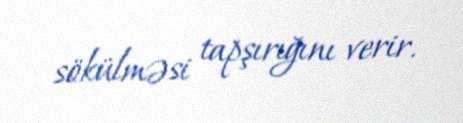
sökülməsi tapşırığını verir.